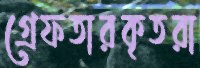
গ্রেফতারকৃতরা